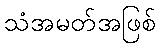
သံအမတ်အဖြစ်